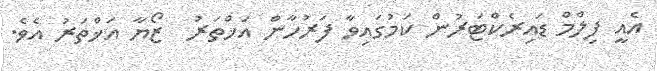
އެއީ ފިލްމް ޑައިރެކްޓަރުން ކަމުގައިވާ ފަރުހާން އަޚްތަރު  ޒޯޔާ އަޚްތަރު އެވެ.